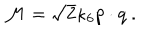
{ \cal M } = \sqrt { 2 } \kappa _ { 6 } p \cdot q \ .